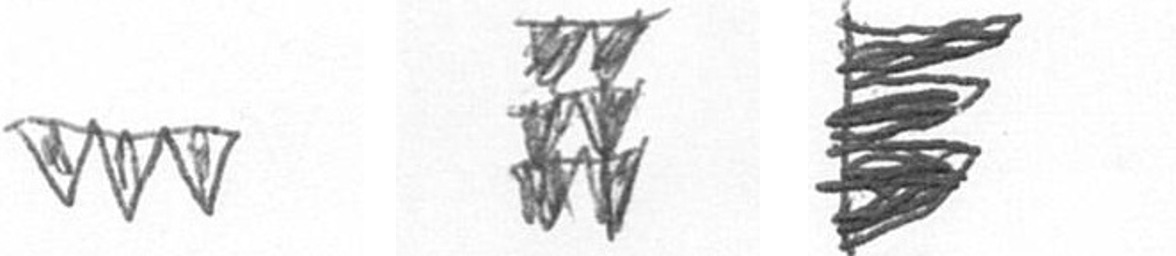
L Y H